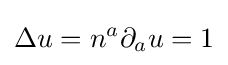
\Delta u=n^{a}\partial _{a}u=1